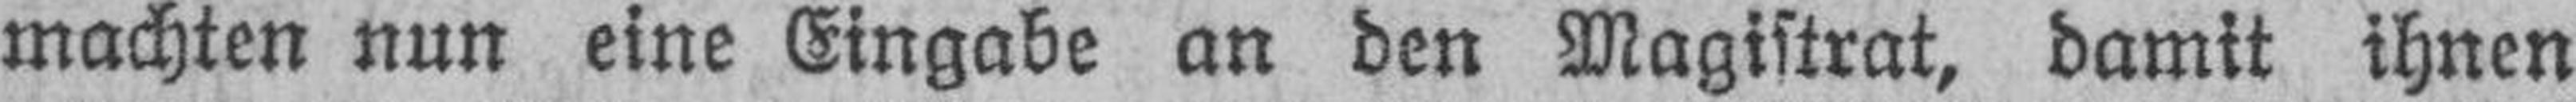
machten nun eine Eingabe an den Magistrat, damit ihnen